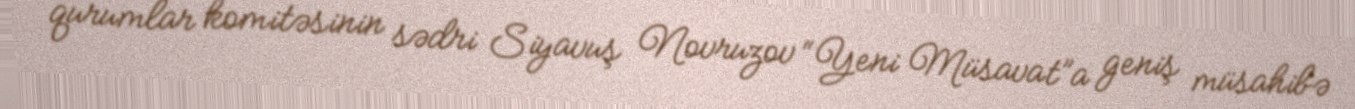
qurumlar komitəsinin sədri Siyavuş Novruzov “Yeni Müsavat”a geniş müsahibə